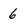
Character: 6